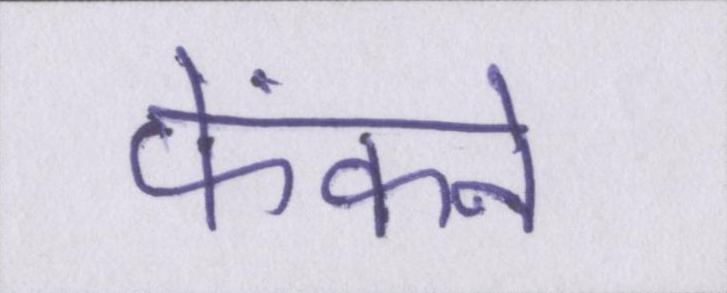
फेंकने